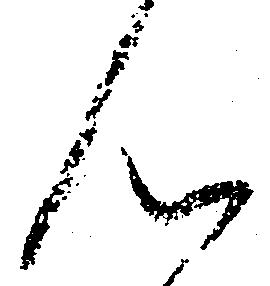
ん